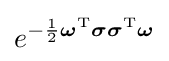
e^{-{\frac {1}{2}}{\boldsymbol {\omega }}^{\mathrm {T} }{\boldsymbol {\sigma }}{\boldsymbol {\sigma }}^{\mathrm {T} }{\boldsymbol {\omega }}}